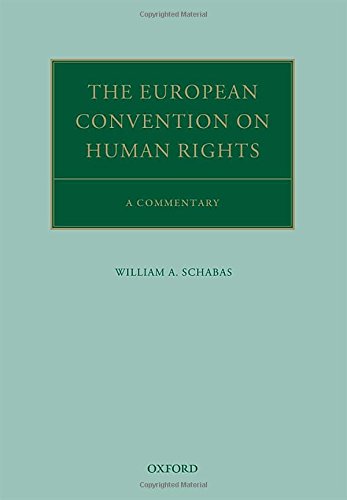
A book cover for The European Convention on Human Rights: A Commentary (Oxford Commentaries on International Law); William A. Schabas; Law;